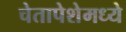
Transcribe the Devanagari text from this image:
चेतापेशेमध्ये